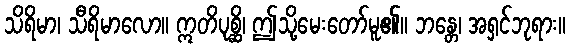
သိရိမာ၊ သီရိမာလော။ ဣတိပုစ္ဆိ၊ ဤသို့မေးတော်မူ၏။ ဘန္တေ၊ အရှင်ဘုရား။